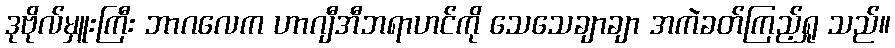
ဒုဗိုလ်မှူးကြီး ဘာဂလေက ဟာဂျီအီဘရာဟင်ကို သေသေချာချာ အကဲခတ်ကြည့်ရှု သည်။